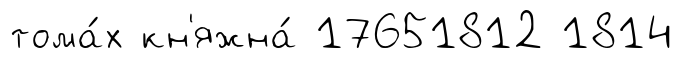
тома́х кн'яжна́ 17651812 1814